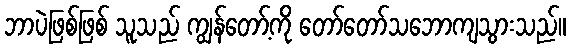
ဘာပဲဖြစ်ဖြစ် သူသည် ကျွန်တော့်ကို တော်တော်သဘောကျသွားသည်။